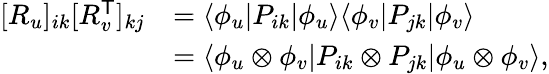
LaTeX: \begin{array}{rl}{[R_{u}]_{ik}[R_{v}^{\mathsf{T}}]_{kj}}&{=\langle\phi_{u}|P_{ik}|\phi_{u}\rangle\langle\phi_{v}|P_{jk}|\phi_{v}\rangle}\\ &{=\langle\phi_{u}\otimes\phi_{v}|P_{ik}\otimes P_{jk}|\phi_{u}\otimes\phi_{v}\rangle,}\end{array}